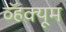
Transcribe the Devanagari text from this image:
व्हॅक्यूम